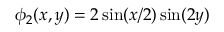
\phi _ { 2 } ( x , y ) = 2 \sin ( x / 2 ) \sin ( 2 y )